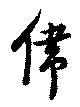
偉